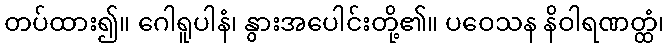
တပ်ထား၍။ ဂေါရူပါနံ၊ နွားအပေါင်းတို့၏။ ပဝေသန နိဝါရဏတ္ထံ၊